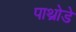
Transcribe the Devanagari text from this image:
पाथ्रोडे